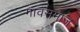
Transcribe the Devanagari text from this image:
गावसमाज